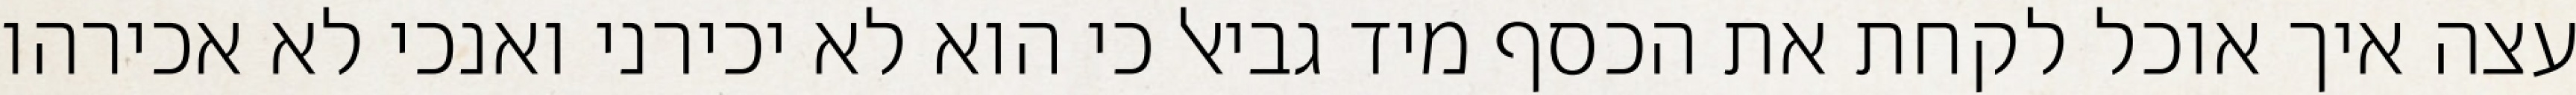
עצה איך אוכל לקחת את הכסף מיד גביאל כי הוא לא יכירני ואנכי לא אכירהו